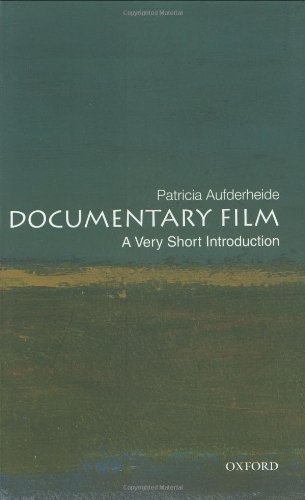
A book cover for Documentary Film: A Very Short Introduction; Patricia Aufderheide; Humor & Entertainment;